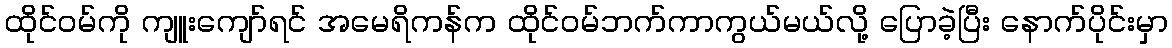
ထိုင်ဝမ်ကို ကျူးကျော်ရင် အမေရိကန်က ထိုင်ဝမ်ဘက်ကာကွယ်မယ်လို့ ပြောခဲ့ပြီး နောက်ပိုင်းမှာ